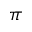
\pi